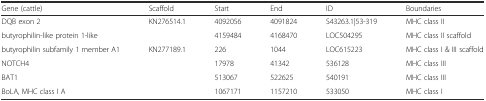
<table><thead><tr><td><b>Gene (cattle)</b></td><td><b>Scaffold</b></td><td><b>Start</b></td><td><b>End</b></td><td><b>ID</b></td><td><b>Boundaries</b></td></tr></thead><tbody><tr><td>DQB exon 2</td><td rowspan="2">KN276514.1</td><td>4092056</td><td>4091824</td><td>S43263.1|53-319</td><td>MHC class II</td></tr><tr><td>butyrophilin-like protein 1-like</td><td>4159484</td><td>4168470</td><td>LOC504295</td><td>MHC class II scaffold</td></tr><tr><td>butyrophilin subfamily 1 member A1</td><td rowspan="4">KN277189.1</td><td>226</td><td>1044</td><td>LOC615223</td><td>MHC class I &amp; III scaffold</td></tr><tr><td>NOTCH4</td><td>17978</td><td>41342</td><td>536128</td><td>MHC class III</td></tr><tr><td>BAT1</td><td>513067</td><td>522625</td><td>540191</td><td>MHC class III</td></tr><tr><td>BoLA, MHC class I A</td><td>1067171</td><td>1157210</td><td>533050</td><td>MHC class I</td></tr></tbody></table>